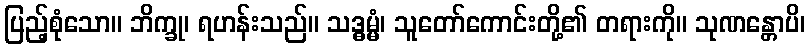
ပြည့်စုံသော။ ဘိက္ခု၊ ရဟန်းသည်။ သဒ္ဓမ္မံ၊ သူတော်ကောင်းတို့၏ တရားကို။ သုဏန္တောပိ၊